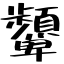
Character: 顰